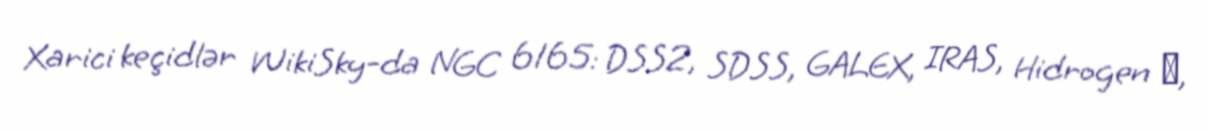
Xarici keçidlər WikiSky-da NGC 6165: DSS2, SDSS, GALEX, IRAS, Hidrogen α,